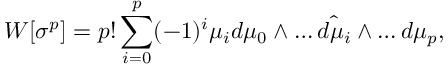
W [ \sigma ^ { p } ] = p ! \sum _ { i = 0 } ^ { p } ( - 1 ) ^ { i } \mu _ { i } d \mu _ { 0 } \wedge \dots \hat { d \mu _ { i } } \wedge \dots d \mu _ { p } ,